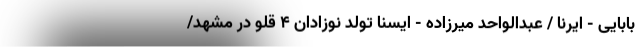
بابایی - ایرنا / عبدالواحد میرزاده - ایسنا تولد نوزادان 4 قلو در مشهد/